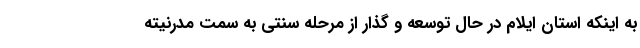
به اینکه استان ایلام در حال توسعه و گذار از مرحله سنتی به سمت مدرنیته